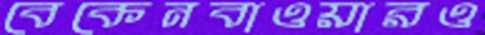
বেকেনবাওয়ারও